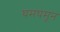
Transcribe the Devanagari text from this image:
घमघमून